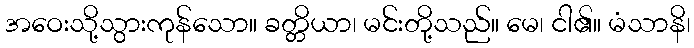
အဝေးသို့သွားကုန်သော။ ခတ္တိယာ၊ မင်းတို့သည်။ မေ၊ ငါ၏။ မံသာနိ၊